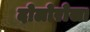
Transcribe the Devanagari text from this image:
दोलोरोसा